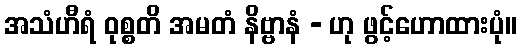
အသံဟီရံ ဝုစ္စတိ အမတံ နိဗ္ဗာနံ - ဟု ဖွင့်ဟောထားပုံ။